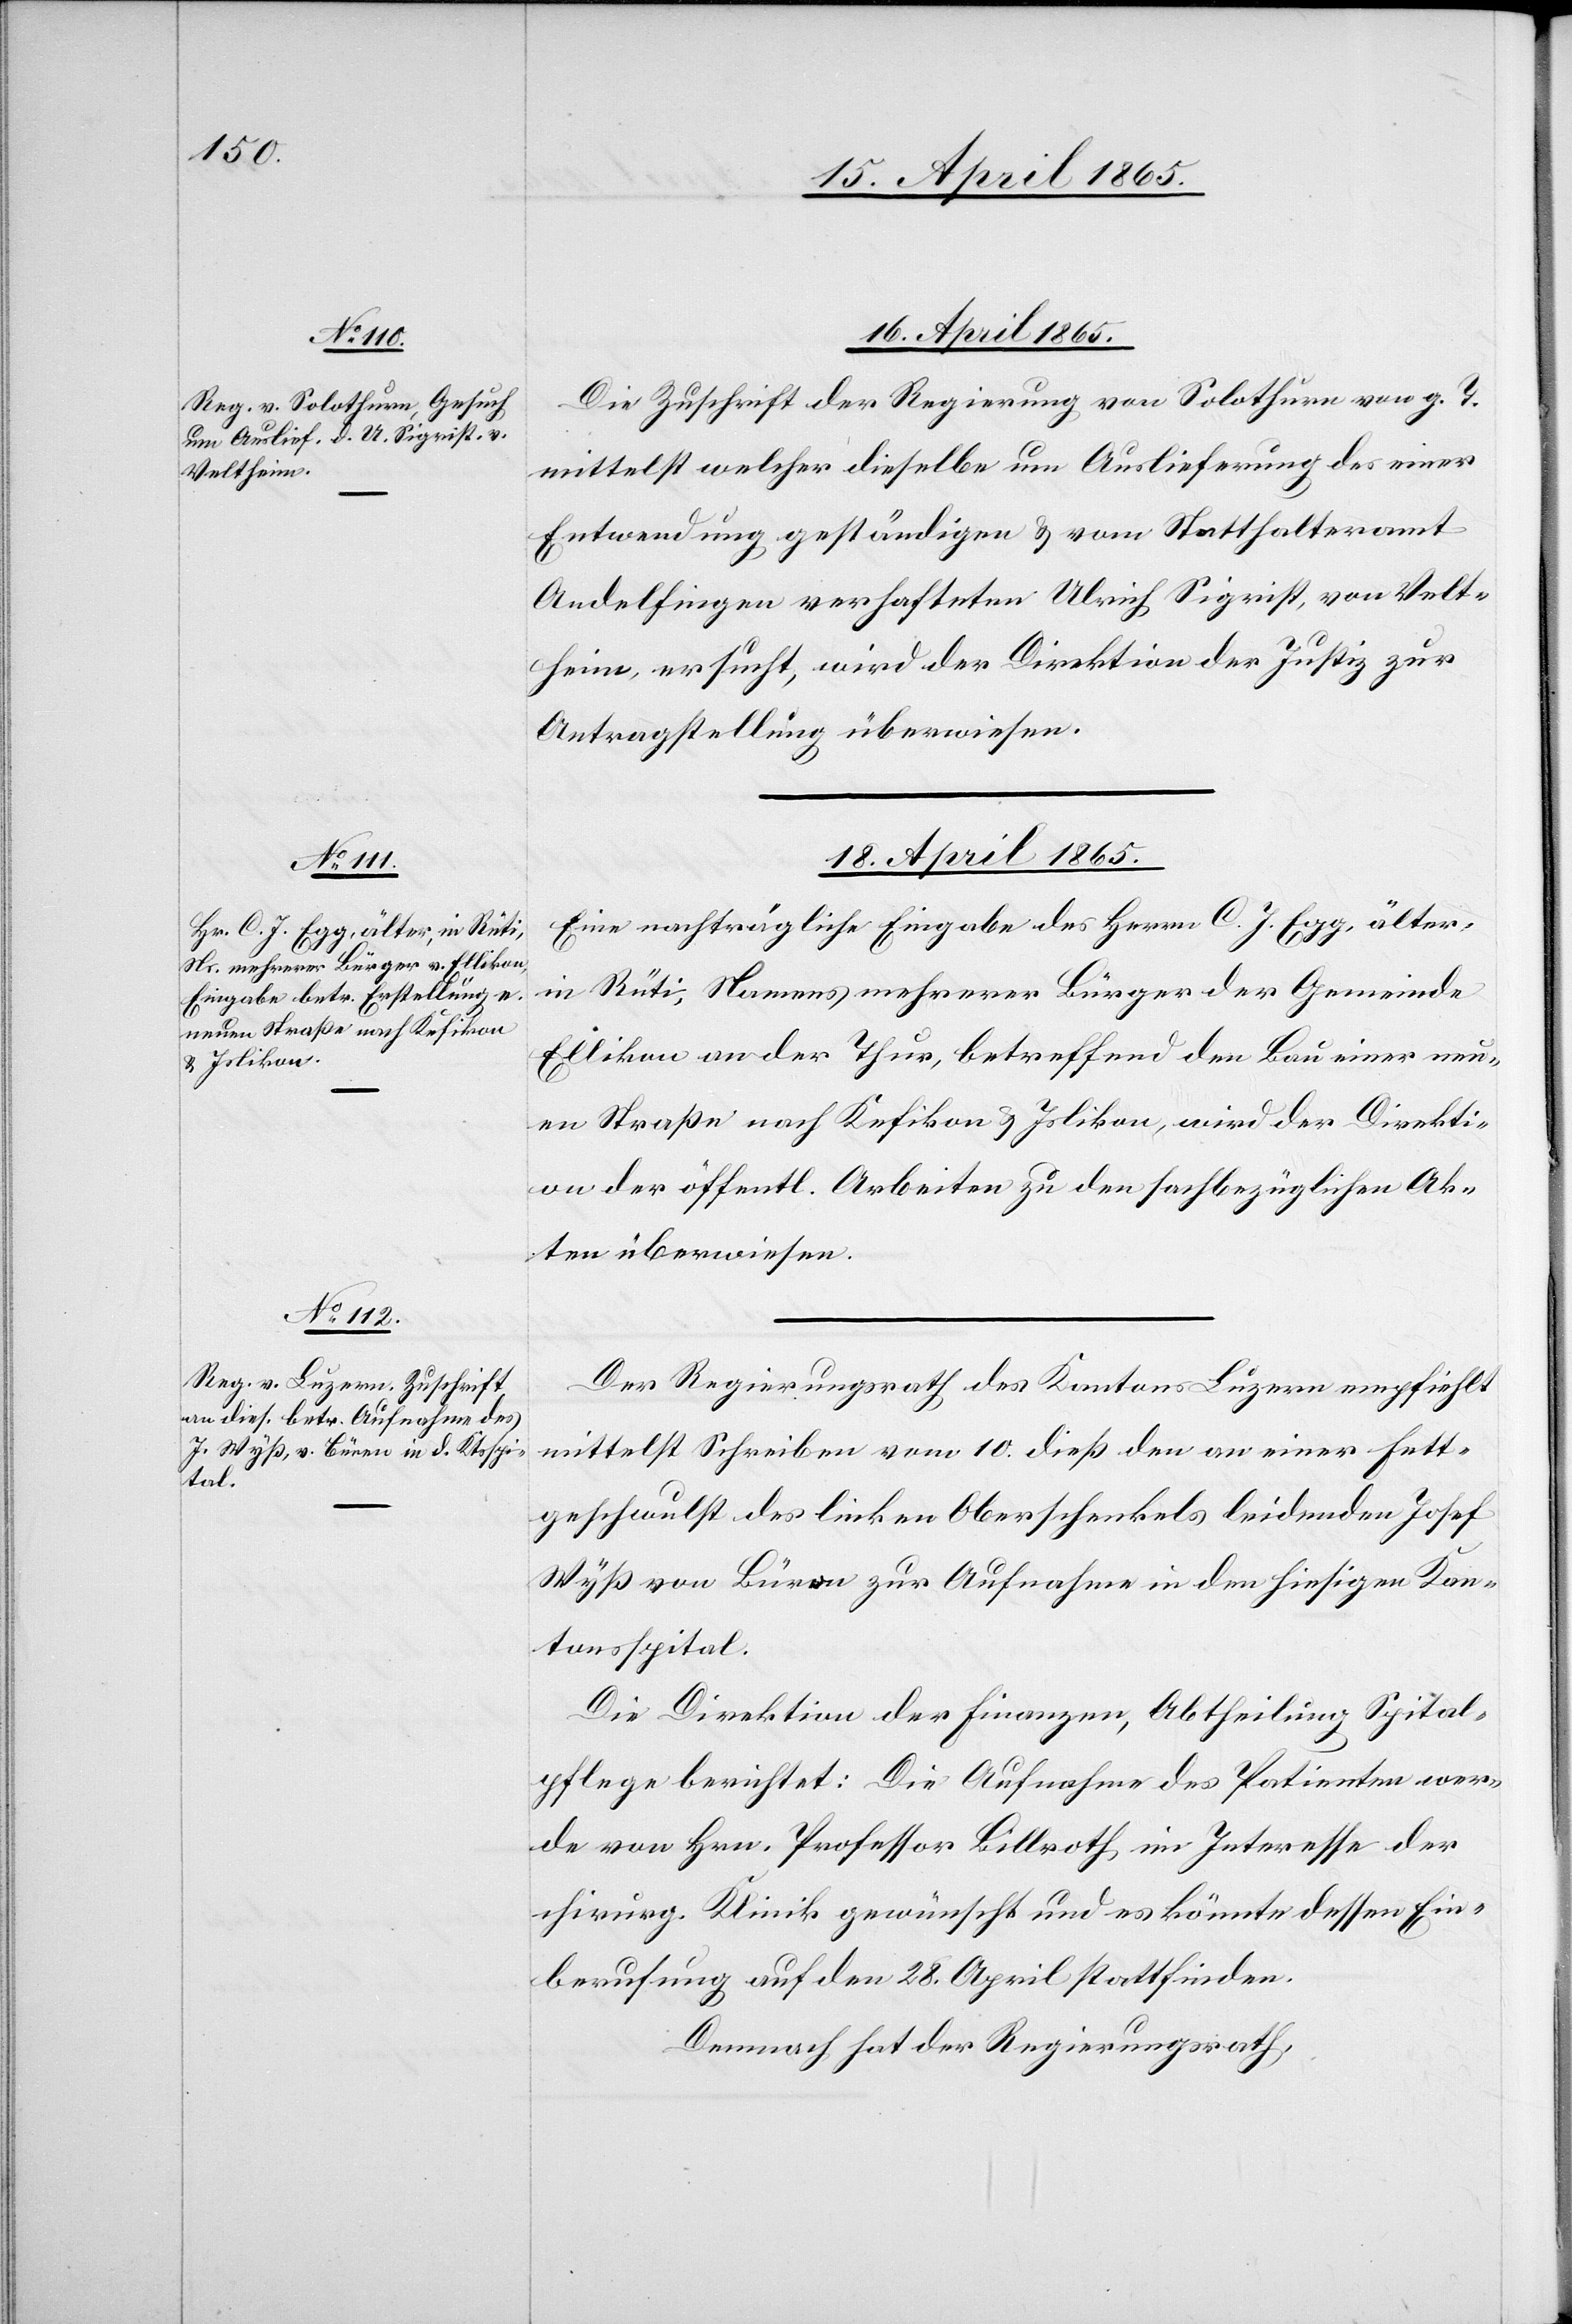
18. April 1865.]
16. April 1865.
Die Zuschrift der Regierung von Solothurn von g. T.
mittelst welcher dieselbe um Auslieferung des einer
Entwendung geständigen & vom Statthalteramt
Andelfingen verhafteten Ulrich Sigrist, von Velt¬
heim, ersucht, wird der Direktion der Justiz zur
Antragstellung überwiesen.
18. April 1865.
Eine nachträgliche Eingabe des Herrn C. J. Egg, älter,
in Rüti, Namens mehrerer Bürger der Gemeinde
Ellikon an der Thur, betreffend den Bau einer neu¬
en Straße nach Kefikon & Islikon, wird der Direkti¬
on der öffentl. Arbeiten zu den sachbezüglichen Ak¬
ten überwiesen.
Der Regierungsrath des Kantons Luzern empfiehlt
mittelst Schreiben vom 10. dieß den an einer Fett¬
geschwulst des linken Oberschenkels leidenden Josef
Wyß von Büren zur Aufnahme in den hiesigen Kan¬
tonsspital.
Die Direktion der Finanzen, Abtheilung Spital¬
pflege berichtet: Die Aufnahme des Patienten wer¬
de von Hrn. Professor Billroth im Interesse der
chirurg. Klinik gewünscht und es könnte dessen Ein¬
berufung auf den 28. April stattfinden.
Demnach hat der Regierungsrath,